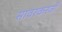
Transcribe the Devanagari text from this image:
सावरकरजी